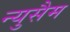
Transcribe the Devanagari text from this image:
न्युसैम